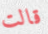
قالت